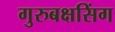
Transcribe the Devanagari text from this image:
गुरुबक्षसिंग